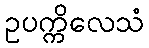
ဥပက္ကိလေသံ